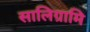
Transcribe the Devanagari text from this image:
सालिग्रामि